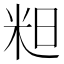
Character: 𮇇